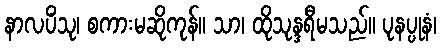
နာလပိံသု၊ စကားမဆိုကုန်။ သာ၊ ထိုသုန္ဒရီမသည်။ ပုနပ္ပုနံ၊